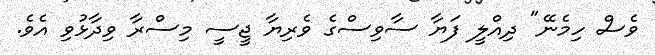
ވެސް ހިމެނޭ" ދިއްލީ ފަޔާ ސާވިސްގެ ވެރިޔާ ޖީސީ މިސްރާ ވިދާޅުވި އެވެ.